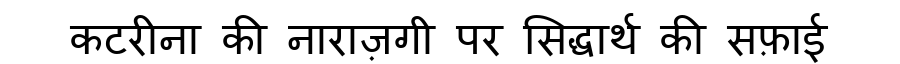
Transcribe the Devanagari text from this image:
कटरीना की नाराज़गी पर सिद्धार्थ की सफ़ाई